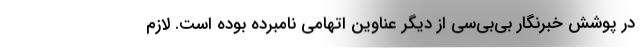
در پوشش خبرنگار بی‌بی‌سی از دیگر عناوین اتهامی نامبرده بوده است. لازم